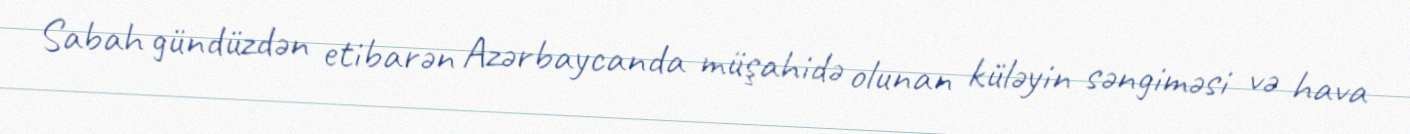
Sabah gündüzdən etibarən Azərbaycanda müşahidə olunan küləyin səngiməsi və hava